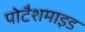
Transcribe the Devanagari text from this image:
पोटैशमाइड